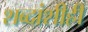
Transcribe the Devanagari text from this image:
शब्दांशीही